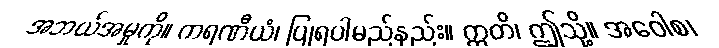
အဘယ်အမှုကို။ ကရဏီယံ၊ ပြုရပါမည်နည်း။ ဣတိ၊ ဤသို့။ အဝေါစ၊